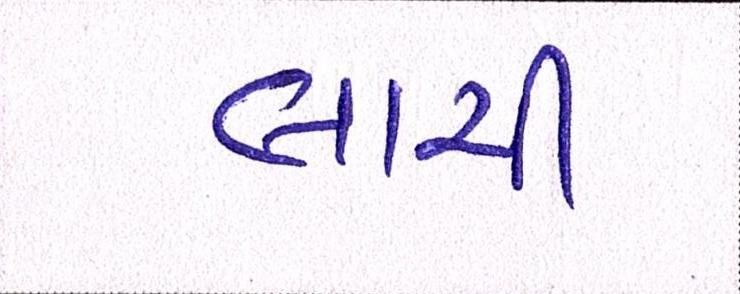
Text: લાયી